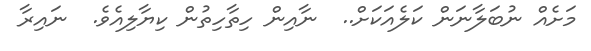
މަށެއް ނުބަލާނަން ކަލެއަކަށް..  ނާއިން ހިތާހިތުން ކިޔާލިއެވެ.  ނައިރާ